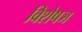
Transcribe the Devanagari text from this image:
विशेषञ